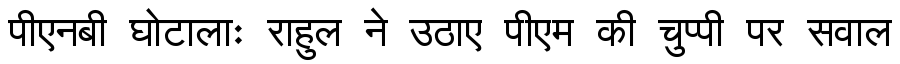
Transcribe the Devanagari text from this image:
पीएनबी घोटालाः राहुल ने उठाए पीएम की चुप्पी पर सवाल